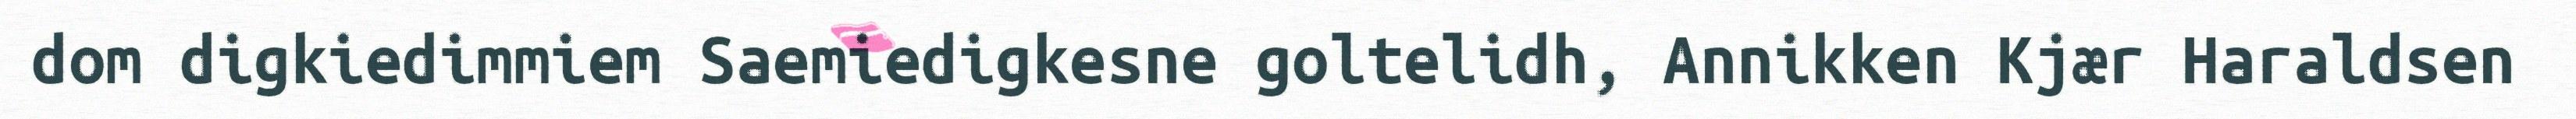
dom digkiedimmiem Saemiedigkesne goltelidh, Annikken Kjær Haraldsen